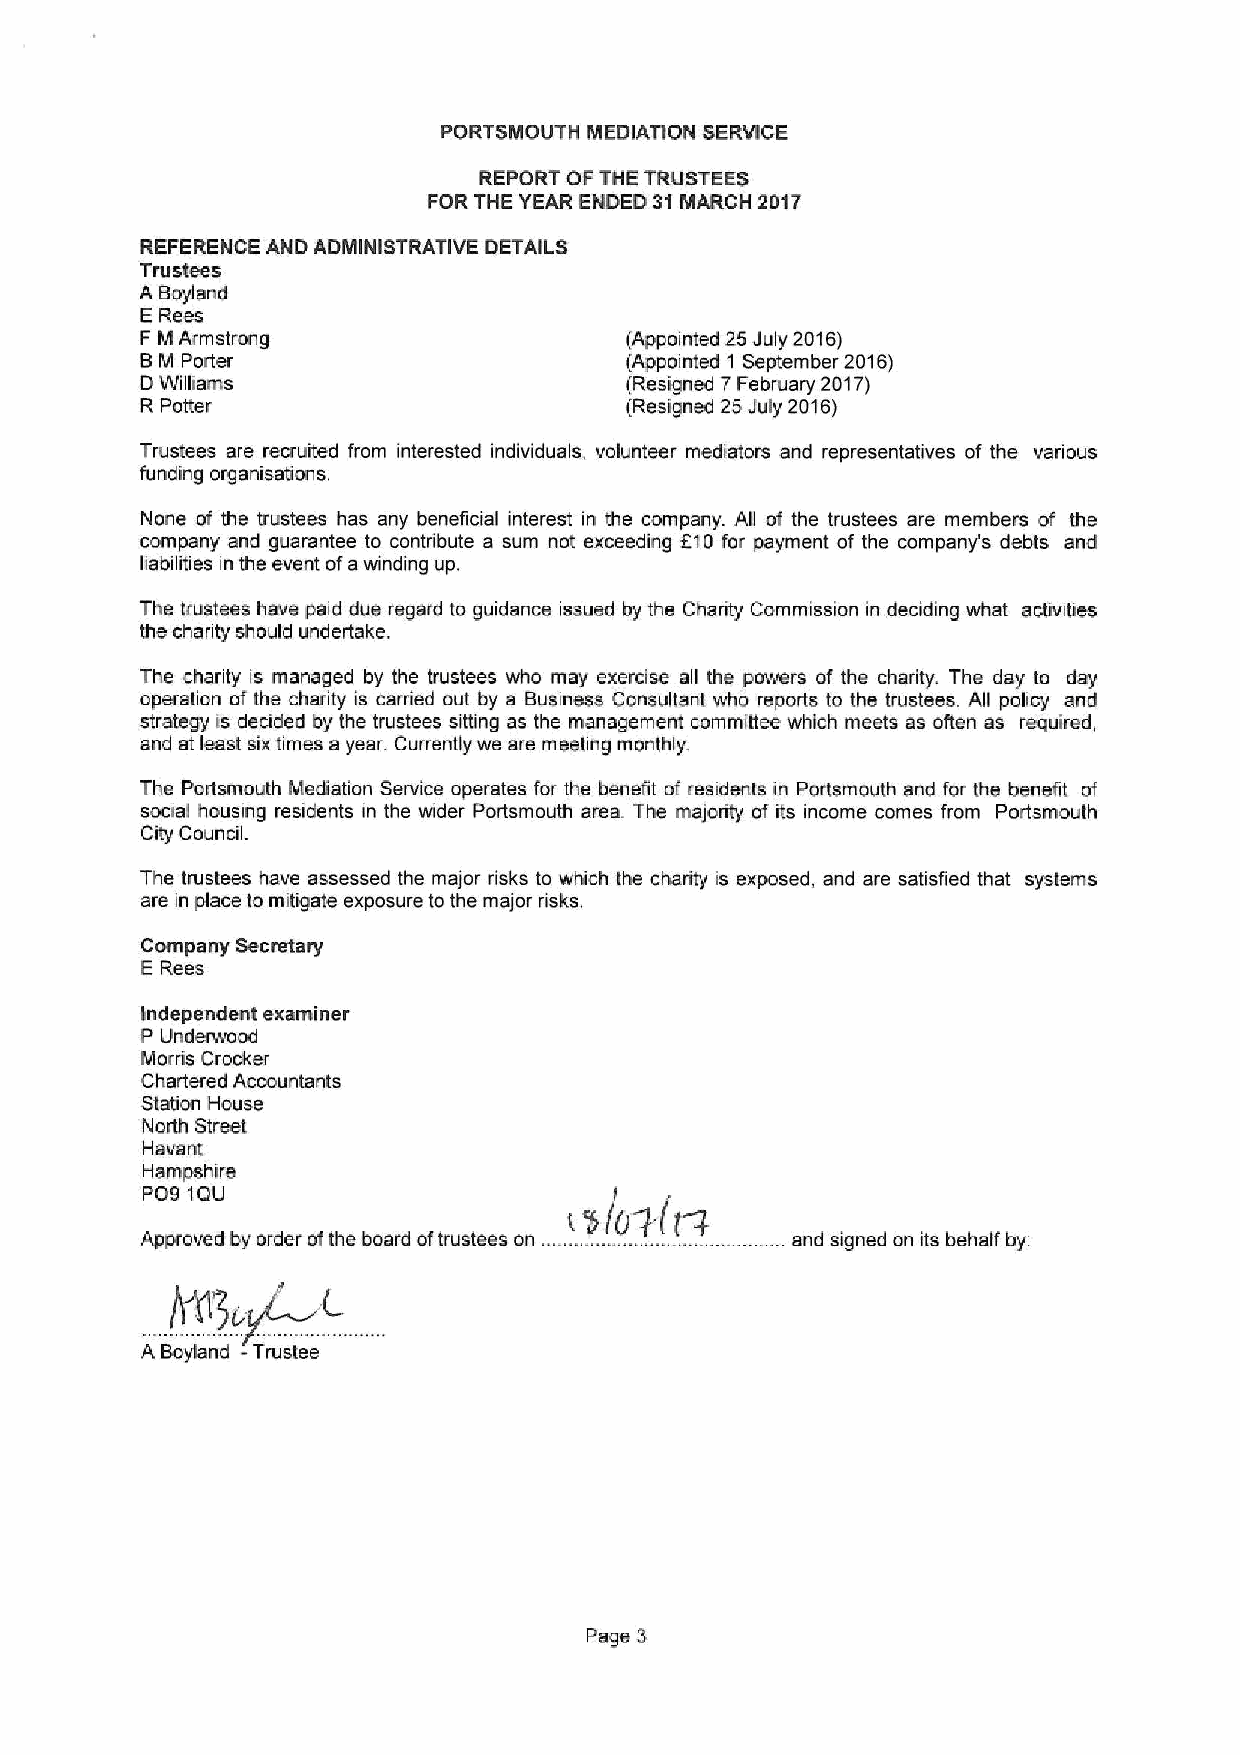
PORTSMOUTH MEDIATION SERVICE
 REPORT OF THE TRUSTEES
 FOR THE YEAR ENDED 31MARCH 2017
 REFERENCE AND ADMINISTRATIVE DETAILS
 Trustees
 A Boyland
 ERess
 F M Armstrong                   (Appointed 25July 2016)
 8 M Porter                      (Appointed 1 September 2016)
 DWilliams                       (Resigned 7February 2017)
 R Potter                        (Resigned 25July 2016)
 Trustees are recruited from interested individuals, volunteer mediators and representatives of the various
 funding organisations.
 None of the trustees has any beneficial interest in the company. All of the trustees are members of the
 company and guarantee to contribute a sum not exceeding 610 for payment of the company's debts and
 liabilities in the event ofawinding up.
 The Sustees have paid due regard to guidance issued by the Charity Commission in deciding what activities
 the chanty should undertake.
 The charity is managed by the trustees who may exercise all the powers of the charity. The day to day
 operation of the charity is carried out by a Business Consultant who reports to the trustees. All policy and
 strategy is decided by the trustees sitting as the management committee which meets as often as required,
 and at least sixtimes a year Currently we are meeting monthly.
 The Portsmouth Mediation Service operates for the benefit of residents in per(smooth and for the benefit of
 social housing residents in the wider Portsmouth area. The majority of its income comes from Portsmouth
 City Council.
 The trustees have assessed the major risks to which the charity is exposed, and are satisfied that systems
 are in place to mitigate exposure to the major risks.
 Company Secretary
 E Rees
 independent examiner
 P Underwood
 Morris Crocker
 Chartered Accountants
 Ration House
 North Street
 Havant
 Hampshire
 PO9 1QU
 t 'f)/07(tQ
 Approved by order ofthe board oftrustees on ....... ........... ..... .. .................and signed on its behalf by
 L
 IItI)~yf'
 A Boyland -Trustee
 Page 3